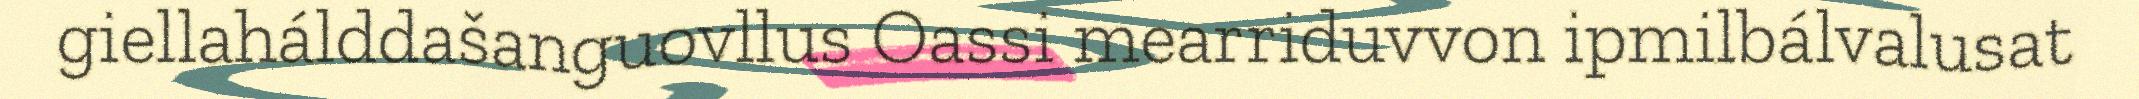
giellahálddašanguovllus Oassi mearriduvvon ipmilbálvalusat